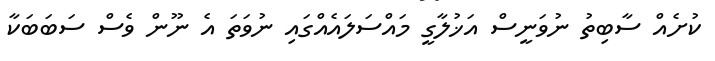
ކުށެއް ސާބިތު ނުވަނީސް އަޚުލާގީ މައްސަލައެއްގައި ނުވަތަ އެ ނޫން ވެސް ސަބަބަކާ